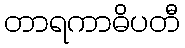
တာရကာဓိပတီ